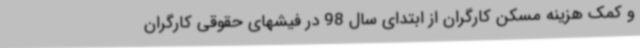
و کمک هزینه مسکن کارگران از ابتدای سال 98 در فیشهای حقوقی کارگران